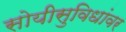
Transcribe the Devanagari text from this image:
सोयीसुविधांवर